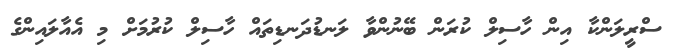
ސްރީލަންކާ އިން ހާސިލް ކުރަން ބޭނުންވާ ލަނޑުދަނޑިތައް ހާސިލް ކުރުމަށް މި އެއާލައިންގެ